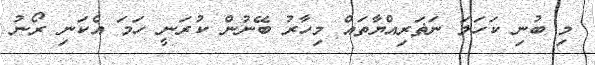
މި ބުނި ކަހަލަ ނަޡަރިއްޔާތައް މިހާރު ބޭނުން ކުރަނީ ހަމަ އެކަނި ރޯނު